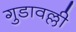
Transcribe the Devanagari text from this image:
गुडावल्ली